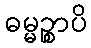
ဓမ္မဉ္စာပိ